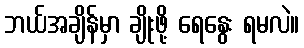
ဘယ်အချိန်မှာ ချိုးဖို့ ရေနွေး ရမလဲ။